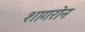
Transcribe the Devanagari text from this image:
शागरोन